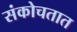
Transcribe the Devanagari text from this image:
संकोचतात